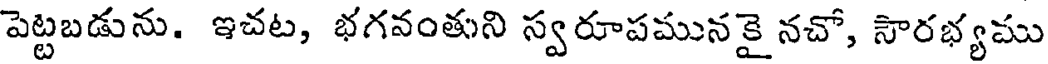
పెట్టబడును. ఇచట, భగవంతుని స్వరూపమునకై నచో, సౌరభ్యము